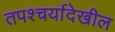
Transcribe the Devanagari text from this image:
तपश्चर्यादेखील